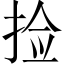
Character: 捡